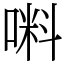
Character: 𠺫